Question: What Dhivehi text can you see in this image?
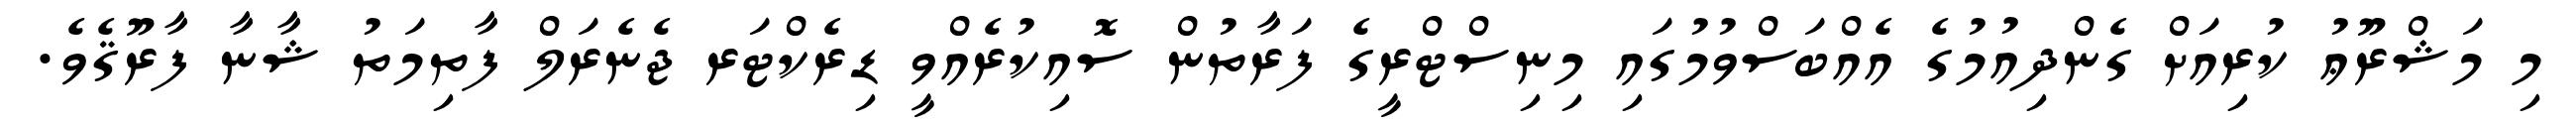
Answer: މި މަޝްރޫޢު ކުރިއަށް ގެންދިއުމުގެ އެއްބަސްވުމުގައި މިނިސްޓްރީގެ ފަރާތުން ސޮއިކުރެއްވީ ޑިރެކްޓަރ ޖެނެރަލް ފާތިމަތު ޝާނާ ފާރޫޤެވެ.